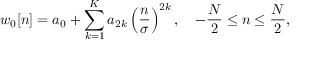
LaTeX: w _ { 0 } [ n ] = a _ { 0 } + \sum _ { k = 1 } ^ { K } a _ { 2 k } \left( { \frac { n } { \sigma } } \right) ^ { 2 k } , \quad - { \frac { N } { 2 } } \leq n \leq { \frac { N } { 2 } } ,